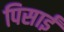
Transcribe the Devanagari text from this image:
पिसाईं